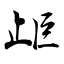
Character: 歫